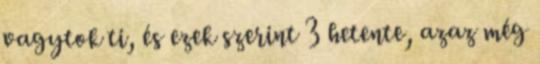
vagytok ti, és ezek szerint 3 hetente, azaz még